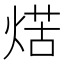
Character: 𤋼